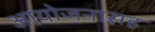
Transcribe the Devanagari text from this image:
आयोजनासह